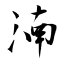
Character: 湳